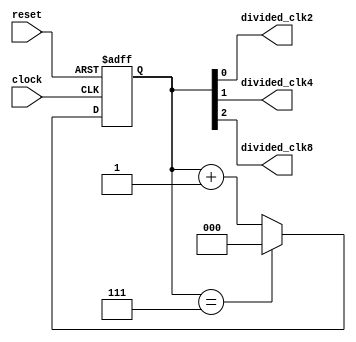
`timescale 1ns / 1ps

module clockdivider(
    input wire clock, // Clock input
    input wire reset, // Reset input
    output wire divided_clk2, // Divided clock by 2
    output wire divided_clk4, // Divided clock by 4
    output wire divided_clk8 // Divided clock by 8
);

reg [2:0] counter; // 3-bit counter for dividing the clock

always @(posedge clock or posedge reset) begin
    if (reset)
        counter <= 3'b000; // Reset the counter
    else if (counter == 3'd7)
        counter <= 3'b000; // Reset the counter when it reaches 8
    else
        counter <= counter + 1; // Increment the counter
end

assign divided_clk2 = counter[0]; // Divided clock by 2
assign divided_clk4 = counter[1]; // Divided clock by 4
assign divided_clk8 = counter[2]; // Divided clock by 8

endmodule